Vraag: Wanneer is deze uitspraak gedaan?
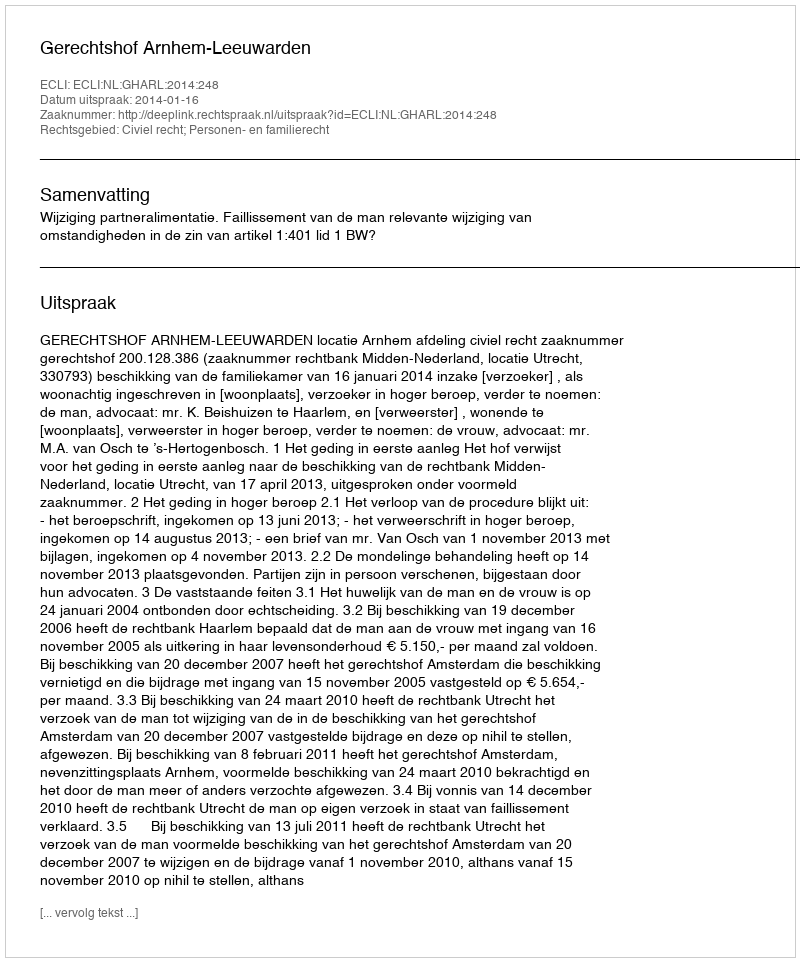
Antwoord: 2014-01-16